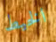
الخيط